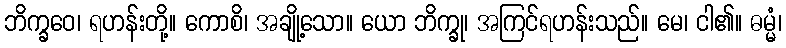
ဘိက္ခဝေ၊ ရဟန်းတို့။ ကောစိ၊ အချို့သော။ ယော ဘိက္ခု၊ အကြင်ရဟန်းသည်။ မေ၊ ငါ၏။ ဓမ္မံ၊